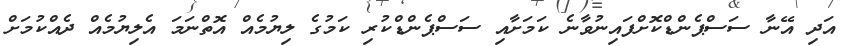
އަދި އޭނާ ސަސްޕެންޑްކޮށްފައިނުވާނެ ކަމަށާއި ސަސްޕެންޑްކުރި ކަމުގެ ލިޔުމެއް އޮތްނަމަ އެލިޔުމެއް ދެއްކުމަށް